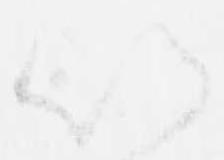
以